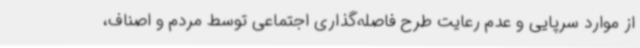
از موارد سرپایی و عدم رعایت طرح فاصله‌گذاری اجتماعی توسط مردم و اصناف،